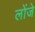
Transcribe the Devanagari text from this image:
लोंजे